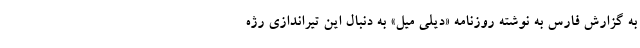
به گزارش فارس به نوشته روزنامه «دیلی میل» به دنبال این تیراندازی رژه